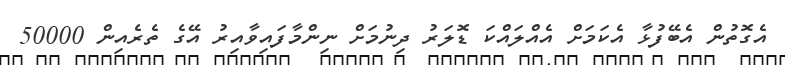
އެގޮތުން އެބޭފުޅާ އެކަމަށް އެއްލައްކަ ޑޮލަރު ދިނުމަށް ނިންމާފައިވާއިރު އޭގެ ތެރެއިން 50000